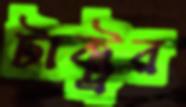
টাক্ট্রর